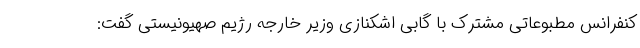
کنفرانس مطبوعاتی مشترک با گابی اشکنازی وزیر خارجه رژیم صهیونیستی گفت: